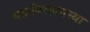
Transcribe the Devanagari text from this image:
महाविरहावस्था